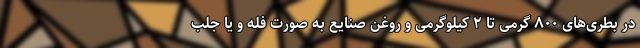
در بطری‌های ۸۰۰ گرمی تا ۲ کیلوگرمی و روغن صنایع به صورت فله و یا جلب